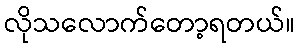
လိုသလောက်တော့ရတယ်။